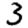
Digit: 3